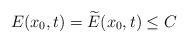
LaTeX: \begin{align*}E(x_{0},t)=\widetilde{E}(x_{0},t)\leq C\end{align*}